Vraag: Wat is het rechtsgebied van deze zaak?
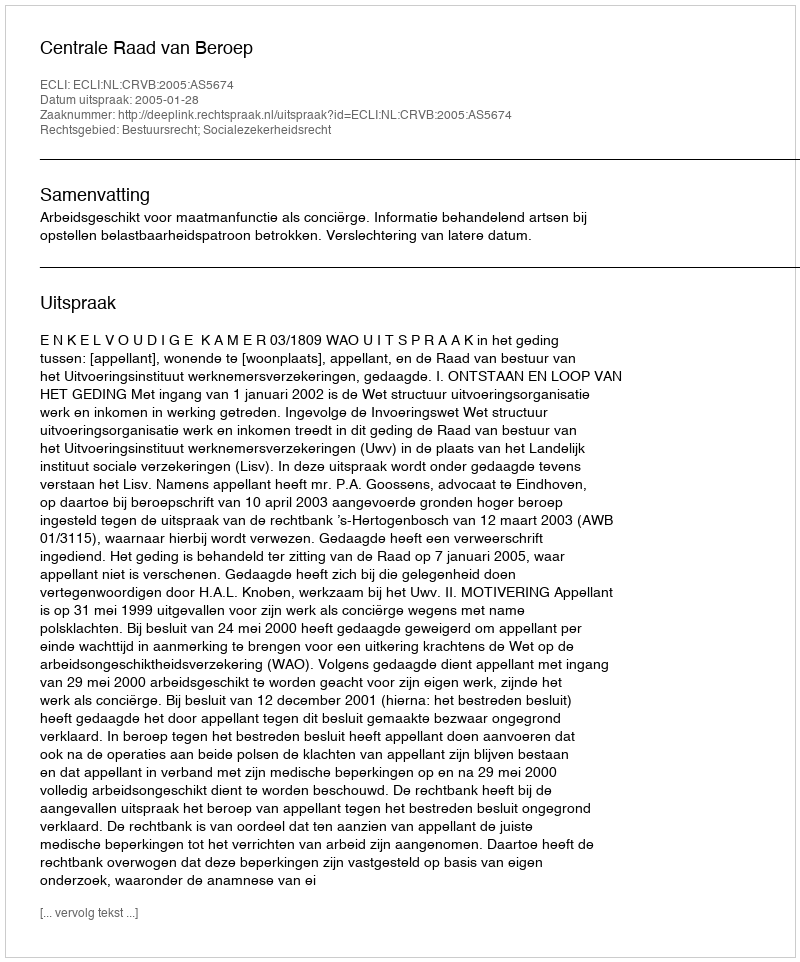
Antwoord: Bestuursrecht; Socialezekerheidsrecht